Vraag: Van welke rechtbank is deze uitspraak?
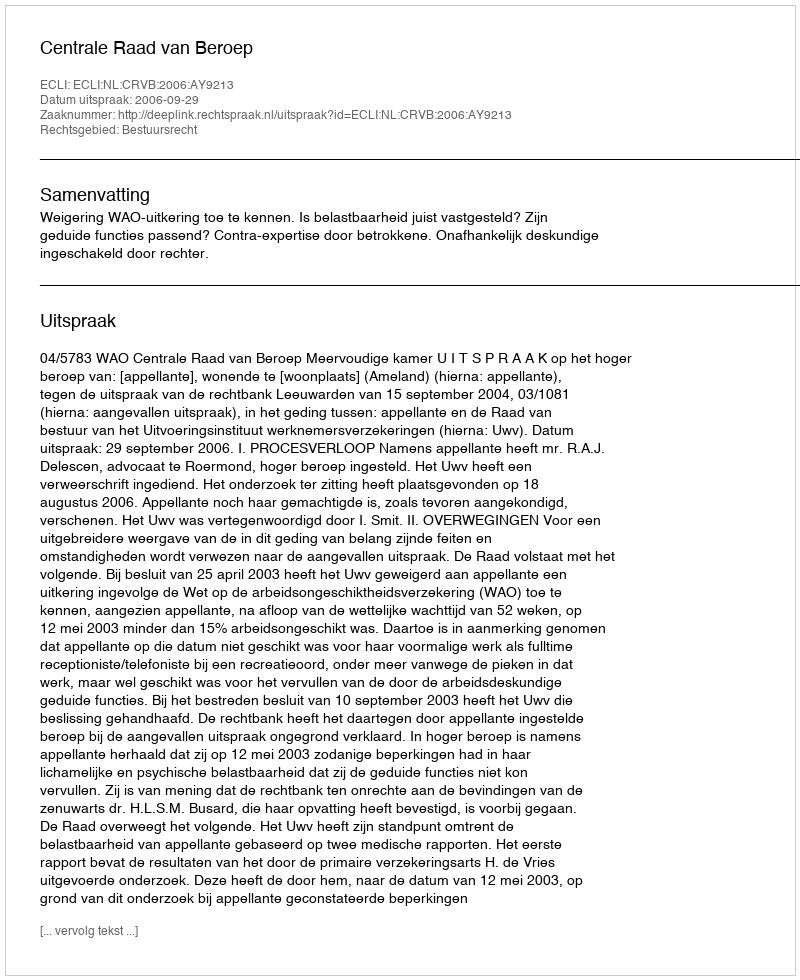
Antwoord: Centrale Raad van Beroep